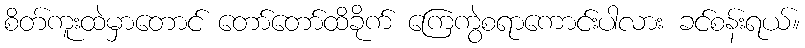
စိတ်ကူးထဲမှာတောင် တော်တော်ထိခိုက် ကြေကွဲစရာကောင်းပါလား ခင်စန်းရယ်။